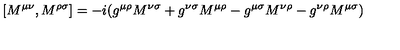
[ M ^ { \mu \nu } , M ^ { \rho \sigma } ] = - i ( g ^ { \mu \rho } M ^ { \nu \sigma } + g ^ { \nu \sigma } M ^ { \mu \rho } - g ^ { \mu \sigma } M ^ { \nu \rho } - g ^ { \nu \rho } M ^ { \mu \sigma } )